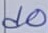
Text: d0